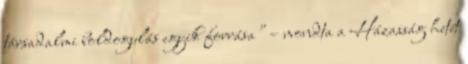
társadalmi boldogulás egyik forrása" – mondta a Házasság hetét